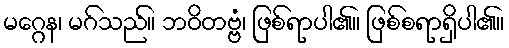
မဂ္ဂေန၊ မဂ်သည်။ ဘဝိတဗ္ဗံ၊ ဖြစ်ရာပါ၏။ ဖြစ်စရာရှိပါ၏။